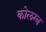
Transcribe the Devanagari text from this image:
कोलम्ब